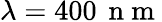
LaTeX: \lambda=400\, \mathrm{~n~m~}